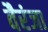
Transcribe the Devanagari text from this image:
वैरंजा